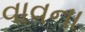
વાવના